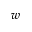
w